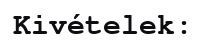
Kivételek: